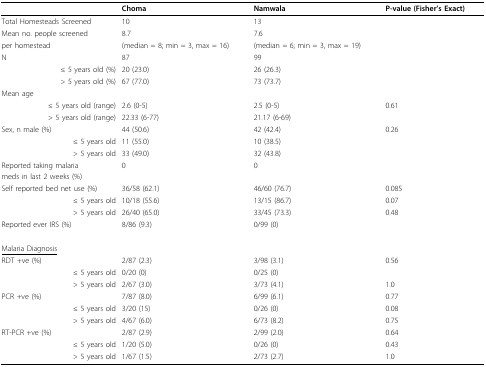
<table><thead><tr><td></td><td><b>Choma</b></td><td><b>Namwala</b></td><td><b>P-value (Fisher&#x27;s Exact)</b></td></tr></thead><tbody><tr><td>Total Homesteads Screened</td><td>10</td><td>13</td><td></td></tr><tr><td>Mean no. people screened</td><td>8.7</td><td>7.6</td><td></td></tr><tr><td>per homestead</td><td>(median = 8; min = 3, max = 16)</td><td>(median = 6; min = 3, max = 19)</td><td></td></tr><tr><td>N</td><td>87</td><td>99</td><td></td></tr><tr><td>≤ 5 years old (%)</td><td>20 (23.0)</td><td>26 (26.3)</td><td></td></tr><tr><td>&gt; 5 years old (%)</td><td>67 (77.0)</td><td>73 (73.7)</td><td></td></tr><tr><td>Mean age</td><td></td><td></td><td></td></tr><tr><td>≤ 5 years old (range)</td><td>2.6 (0-5)</td><td>2.5 (0-5)</td><td>0.61</td></tr><tr><td>&gt; 5 years old (range)</td><td>22.33 (6-77)</td><td>21.17 (6-69)</td><td></td></tr><tr><td>Sex, n male (%)</td><td>44 (50.6)</td><td>42 (42.4)</td><td>0.26</td></tr><tr><td>≤ 5 years old</td><td>11 (55.0)</td><td>10 (38.5)</td><td></td></tr><tr><td>&gt; 5 years old</td><td>33 (49.0)</td><td>32 (43.8)</td><td></td></tr><tr><td>Reported taking malaria</td><td>0</td><td>0</td><td></td></tr><tr><td>meds in last 2 weeks (%)</td><td></td><td></td><td></td></tr><tr><td>Self reported bed net use (%)</td><td>36/58 (62.1)</td><td>46/60 (76.7)</td><td>0.085</td></tr><tr><td>≤ 5 years old</td><td>10/18 (55.6)</td><td>13/15 (86.7)</td><td>0.07</td></tr><tr><td>&gt; 5 years old</td><td>26/40 (65.0)</td><td>33/45 (73.3)</td><td>0.48</td></tr><tr><td>Reported ever IRS (%)</td><td>8/86 (9.3)</td><td>0/99 (0)</td><td></td></tr><tr><td><underline>Malaria Diagnosis</underline></td><td></td><td></td><td></td></tr><tr><td>RDT +ve (%)</td><td>2/87 (2.3)</td><td>3/98 (3.1)</td><td>0.56</td></tr><tr><td>≤ 5 years old</td><td>0/20 (0)</td><td>0/25 (0)</td><td></td></tr><tr><td>&gt; 5 years old</td><td>2/67 (3.0)</td><td>3/73 (4.1)</td><td>1.0</td></tr><tr><td>PCR +ve (%)</td><td>7/87 (8.0)</td><td>6/99 (6.1)</td><td>0.77</td></tr><tr><td>≤ 5 years old</td><td>3/20 (15)</td><td>0/26 (0)</td><td>0.08</td></tr><tr><td>&gt; 5 years old</td><td>4/67 (6.0)</td><td>6/73 (8.2)</td><td>0.75</td></tr><tr><td>RT-PCR +ve (%)</td><td>2/87 (2.9)</td><td>2/99 (2.0)</td><td>0.64</td></tr><tr><td>≤ 5 years old</td><td>1/20 (5.0)</td><td>0/26 (0)</td><td>0.43</td></tr><tr><td>&gt; 5 years old</td><td>1/67 (1.5)</td><td>2/73 (2.7)</td><td>1.0</td></tr></tbody></table>